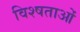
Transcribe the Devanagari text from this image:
विश्षताओं